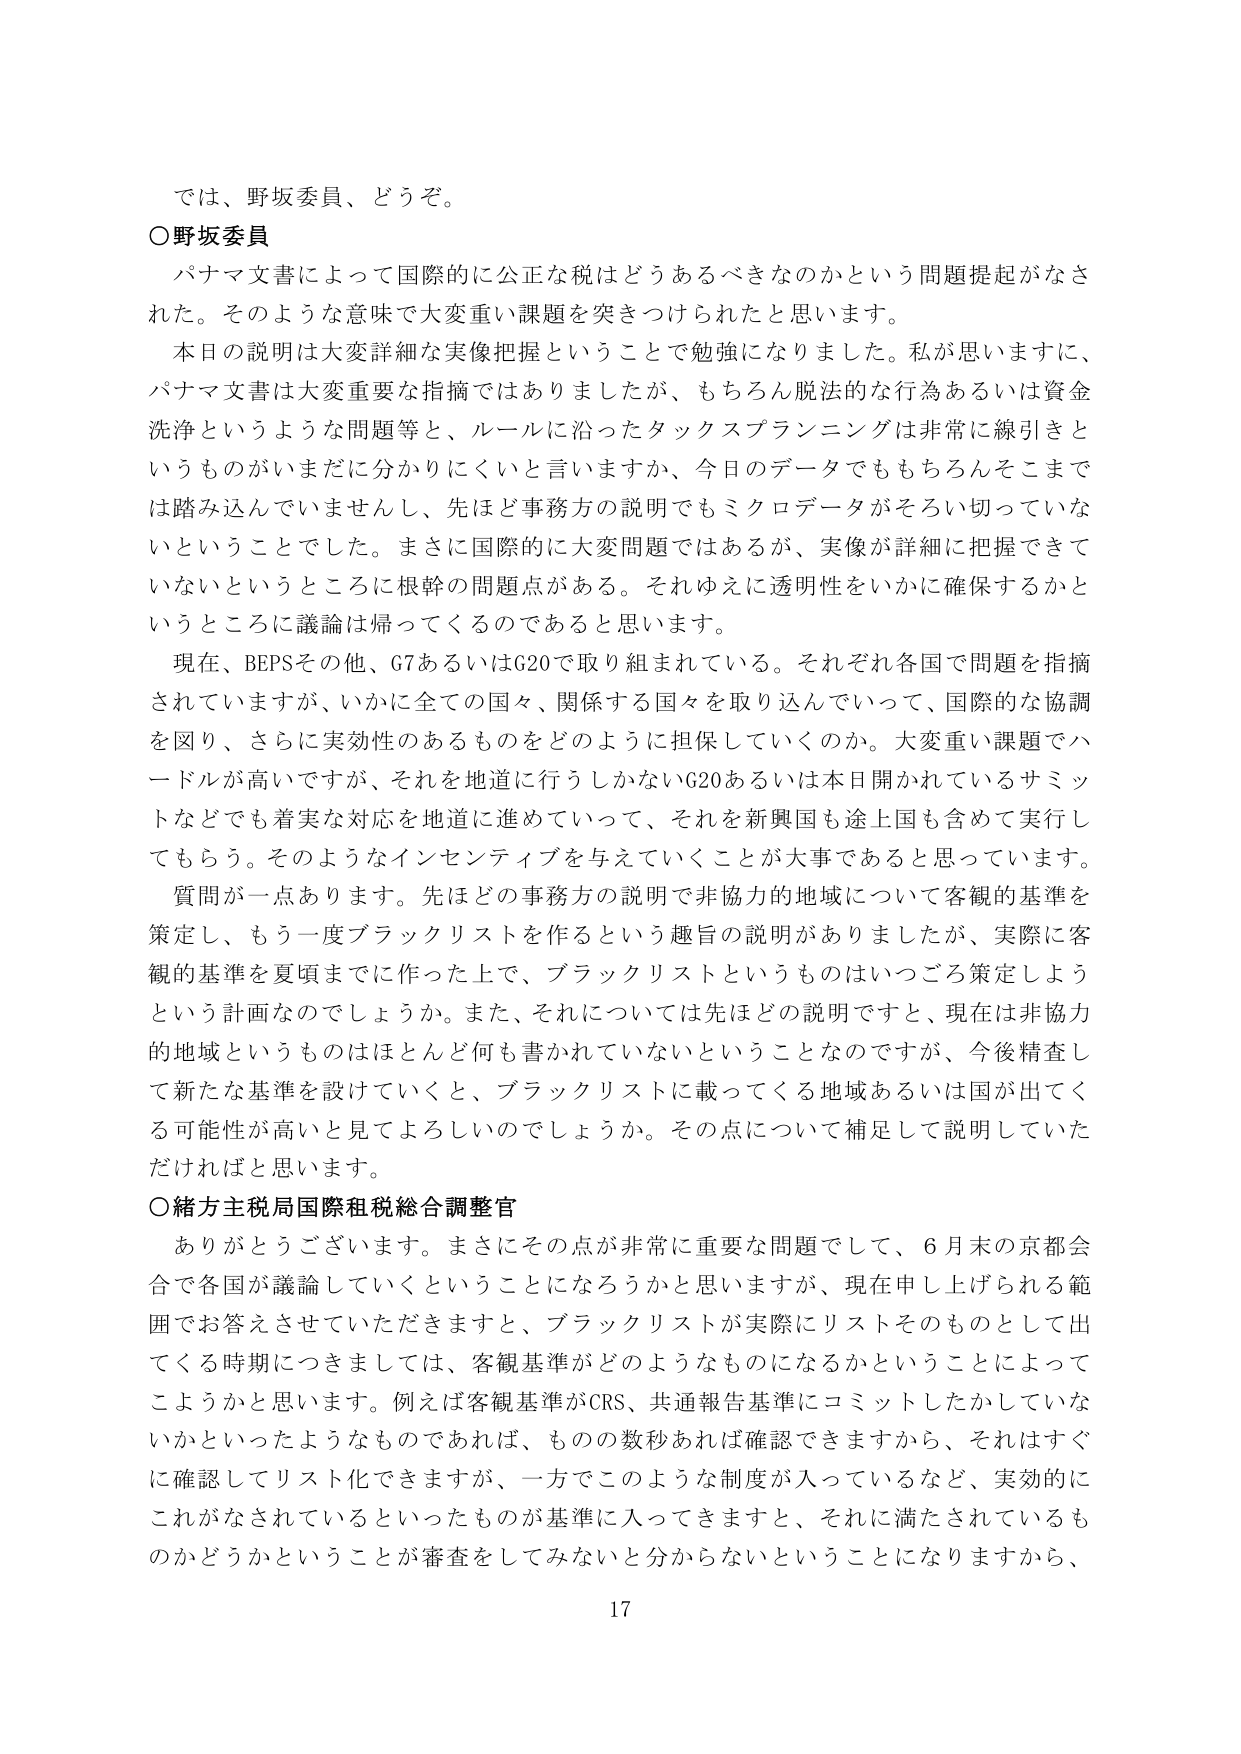
では、野坂委員、どうぞ。

○野坂委員
パナマ文書によって国際的に公正な税はどうあるべきなのかという問題提起がなされた。そのような意味で大変重い課題を突きつけられたと思います。
本日の説明は大変詳細な実像把握ということで勉強になりました。私が思いますに、パナマ文書は大変重要な指摘ではありましたが、もちろん脱法的な行為あるいは資金洗浄というような問題等と、ルールに沿ったタックスプランニングは非常に線引きというものがいまだに分かりにくいと言いますか、今日のデータでももちろんそこまでは踏み込んでいませんし、先ほど事務方の説明でもミクロデータがそろい切っていないということでした。まさに国際的に大変問題ではあるが、実像が詳細に把握できていないというところに根幹の問題点がある。それゆえに透明性をいかに確保するかというところに議論は帰ってくるのであると思います。
現在、BEPSその他、G7あるいはG20で取り組まれている。それぞれ各国で問題を指摘されていますが、いかに全ての国々、関係する国々を取り込んでいって、国際的な協調を図り、さらに実効性のあるものをどのように担保していくのか。大変重い課題でハードルが高いですが、それを地道に行うしかないG20あるいは本日開かれているサミットなどでも着実な対応を地道に進めていって、それを新興国も途上国も含めて実行してもらう。そのようなインセンティブを与えていくことが大事であると思っています。
質問が一点あります。先ほどの事務方の説明で非協力的地域について客観的基準を策定し、もう一度ブラックリストを作るという趣旨の説明がありましたが、実際に客観的基準を夏頃までに作った上で、ブラックリストというものはいつごろ策定しようという計画なのでしょうか。また、それについては先ほどの説明ですと、現在は非協力的地域というものはほとんど何も書かれていないということなのですが、今後精査して新たな基準を設けていくと、ブラックリストに載ってくる地域あるいは国が出てくる可能性が高いと見てよろしいのでしょうか。その点について補足して説明していただければと思います。

○緒方主税局国際租税総合調整官
ありがとうございます。まさにその点が非常に重要な問題でして、6月末の京都会合で各国が議論していくということになろうかと思いますが、現在申し上げられる範囲でお答えさせていただきますと、ブラックリストが実際にリストそのものとして出てくる時期につきましては、客観基準がどのようなものになるかということによってこようかと思います。例えば客観基準がCRS、共通報告基準にコミットしたかしていないかといったようなものであれば、ものの数秒あれば確認できますから、それはすぐに確認してリスト化できますが、一方でこのような制度が入っているなど、実効的にこれがなされているといったものが基準に入ってきますと、それに満たされているものかどうかということが審査をしてみないと分からないということになりますから、

17